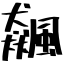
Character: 飆